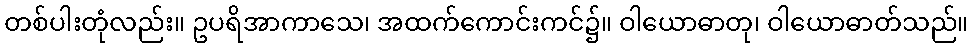
တစ်ပါးတုံလည်း။ ဥပရိအာကာသေ၊ အထက်ကောင်းကင်၌။ ဝါယောဓာတု၊ ဝါယောဓာတ်သည်။